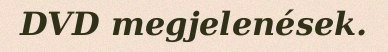
DVD megjelenések.